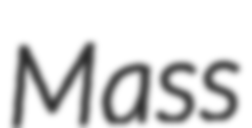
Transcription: Mass